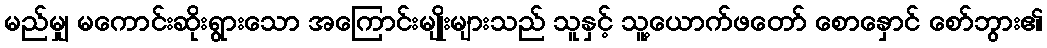
မည်မျှ မကောင်းဆိုးရွားသော အကြောင်းမျိုးများသည် သူနှင့် သူ့ယောက်ဖတော် စောနှောင် စော်ဘွား၏